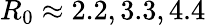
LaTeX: R_{0}\approx 2.2,3.3,4.4